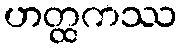
ဟတ္ထကဿ